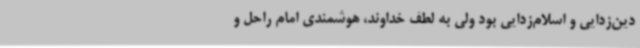
دین‌زدایی و اسلام‌زدایی بود ولی به لطف خداوند، هوشمندی امام راحل و